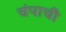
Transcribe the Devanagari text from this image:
चंपाची